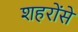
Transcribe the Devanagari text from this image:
शहरोंसे